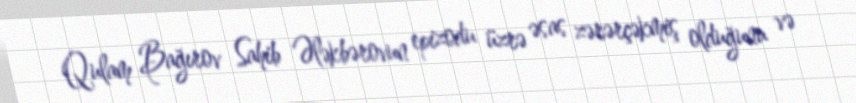
Qulam Bağırov Sahib Ələkbərovun epizodu üzrə əsas zərərçəkmiş olduğunu və